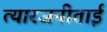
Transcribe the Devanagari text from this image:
त्यारजनीताई